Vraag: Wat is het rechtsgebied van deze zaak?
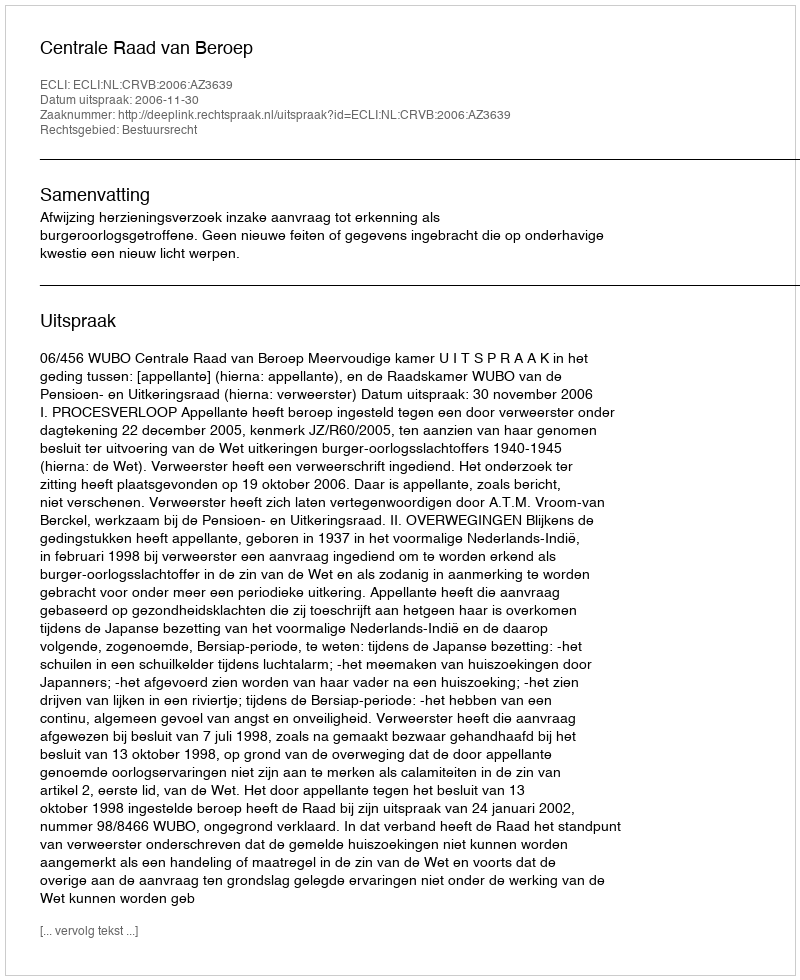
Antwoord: Bestuursrecht